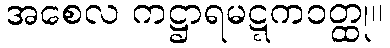
အစေလ ကဋ္ဌာရမဋ္ဋကဝတ္ထု။